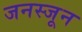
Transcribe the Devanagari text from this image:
जनस्जून